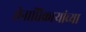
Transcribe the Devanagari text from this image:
सेनाधिकाऱ्यांच्या